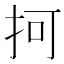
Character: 抲